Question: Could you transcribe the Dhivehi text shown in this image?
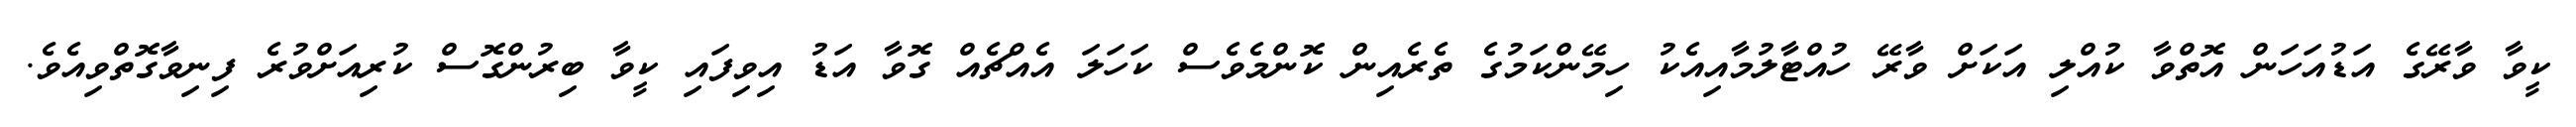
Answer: ކީވާ ވާރޭގެ އަޑުއަހަން އޮތްވާ ކުއްލި އަކަށް ވާރޭ ހުއްޓާލުމާއިއެކު ހިމޭންކަމުގެ ތެރެއިން ކޮންމެވެސް ކަހަލަ އެއްޗެއް ގޮވާ އަޑު އިވިފައި ކީވާ ބިރުންގޮސް ކުރިއަށްވުރެ ފިނިވާގޮތްވިއެވެ.